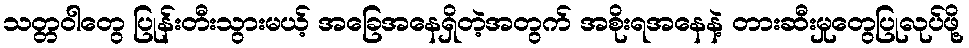
သတ္တဝါတွေ ပြုန်းတီးသွားမယ့် အခြေအနေရှိတဲ့အတွက် အစိုးရအနေနဲ့ တားဆီးမှုတွေပြုလုပ်ဖို့